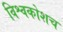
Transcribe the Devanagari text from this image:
विश्वकोशच